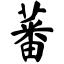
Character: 蕃